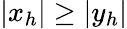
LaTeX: \left\lvert x_{h}\right\rvert\ge\left\lvert y_{h}\right\rvert